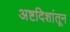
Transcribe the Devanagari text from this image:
अष्टदिशांतून